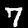
Digit: 7